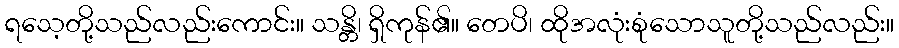
ရသေ့တို့သည်လည်းကောင်း။ သန္တိ၊ ရှိကုန်၏။ တေပိ၊ ထိုအလုံးစုံသောသူတို့သည်လည်း။